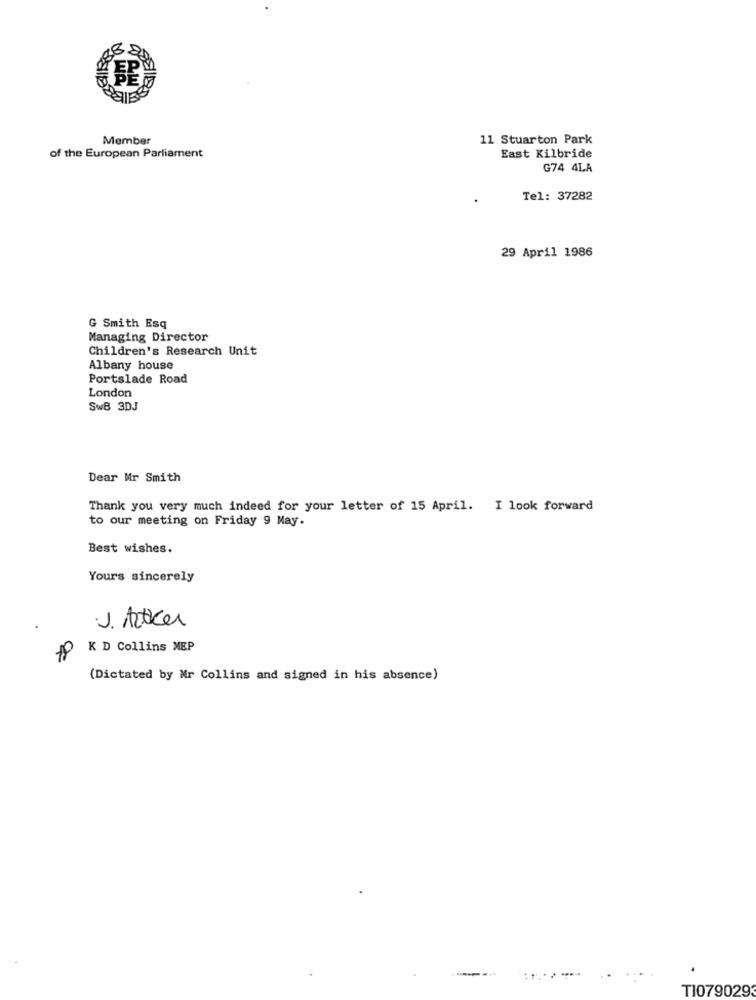
8:
Member
11 Stuarton Park
of the European Parliament
East Kilbride
G74 4LA
Tel: 37282
29 April 1986
G Smith Esq
Managing Director
Children's Research Unit
Albany house
Portslade Road
London
SwB 3DJ
Dear Mr Smith
Thank you very much indeed for your letter of 15 April. I look forward
to our meeting on Friday 9 May.
Best wishes.
Yours sincerely
J. Acker
00
K D Collins MEP
(Dictated by Nr Collins and signed in his absence)
TI079029